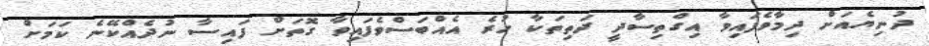
ދުނިޔެއަށް ދިމާވެފައިވާ އިގްތިސާދީ ދަތިތަކާ ހުރެ އެއްބަސްވެފައިވާ ގޮތަށް ފައިސާ ނުދެއްކޭނެ ކަމަށް